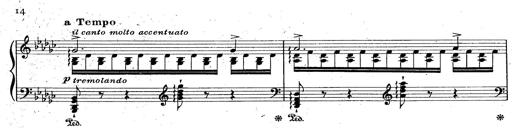
Title: La Marseillaise
Composer: Franz Liszt
Key: B-flat major